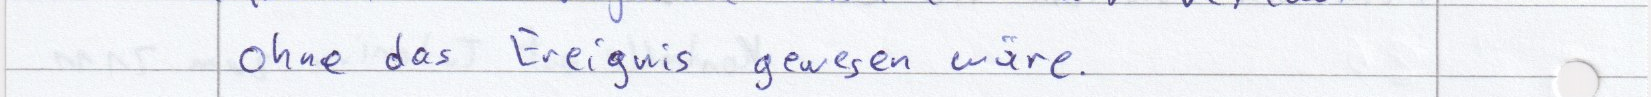
ohne das Ereignis gewesen wäre.